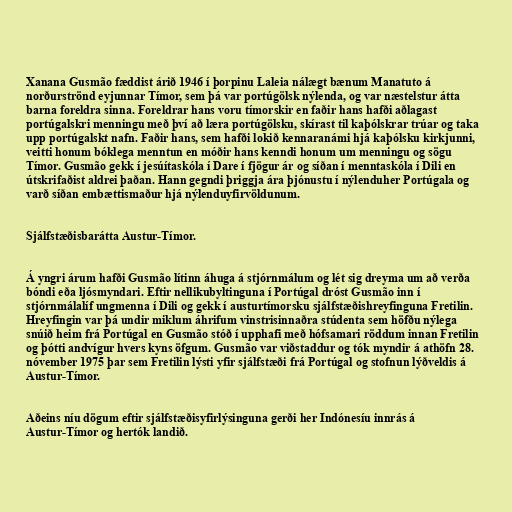
Xanana Gusmão fæddist árið 1946 í þorpinu Laleia nálægt bænum Manatuto á
norðurströnd eyjunnar Tímor, sem þá var portúgölsk nýlenda, og var næstelstur átta
barna foreldra sinna. Foreldrar hans voru tímorskir en faðir hans hafði aðlagast
portúgalskri menningu með því að læra portúgölsku, skírast til kaþólskrar trúar og taka
upp portúgalskt nafn. Faðir hans, sem hafði lokið kennaranámi hjá kaþólsku kirkjunni,
veitti honum bóklega menntun en móðir hans kenndi honum um menningu og sögu
Tímor. Gusmão gekk í jesúítaskóla í Dare í fjögur ár og síðan í menntaskóla í Dili en
útskrifaðist aldrei þaðan. Hann gegndi þriggja ára þjónustu í nýlenduher Portúgala og
varð síðan embættismaður hjá nýlenduyfirvöldunum.

Sjálfstæðisbarátta Austur-Tímor.

Á yngri árum hafði Gusmão lítinn áhuga á stjórnmálum og lét sig dreyma um að verða
bóndi eða ljósmyndari. Eftir nellikubyltinguna í Portúgal dróst Gusmão inn í
stjórnmálalíf ungmenna í Dili og gekk í austurtímorsku sjálfstæðishreyfinguna Fretilin.
Hreyfingin var þá undir miklum áhrifum vinstrisinnaðra stúdenta sem höfðu nýlega
snúið heim frá Portúgal en Gusmão stóð í upphafi með hófsamari röddum innan Fretilin
og þótti andvígur hvers kyns öfgum. Gusmão var viðstaddur og tók myndir á athöfn 28.
nóvember 1975 þar sem Fretilin lýsti yfir sjálfstæði frá Portúgal og stofnun lýðveldis á
Austur-Tímor.

Aðeins níu dögum eftir sjálfstæðisyfirlýsinguna gerði her Indónesíu innrás á
Austur-Tímor og hertók landið.